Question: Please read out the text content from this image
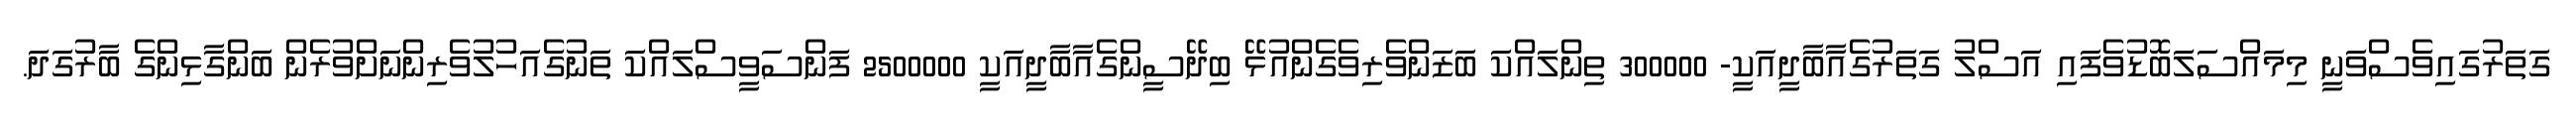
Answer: ގަތަރުގައިވެސްވަނީ މިމައްސަލަބޮޑުވެފައި އަސްލު ގަތަރުގެއާބާދީއަކީ- 300000 ތިންލައްކަ ބަޒަންވެރިވެގެންއުޅޭ ބިދޭސީންގެއާބާދީއަކީ 2500000 ފަންސަވީސްލައްކަ ތަނުގެއަހުލުވެރިންނަށްވުރެން ބަންގާޅިންގެ ބާރުގަދަ.